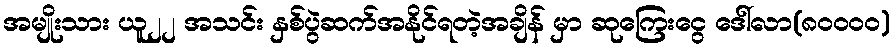
အမျိုးသား ယူ၂၂ အသင်း နှစ်ပွဲဆက်အနိုင်ရတဲ့အချိန် မှာ ဆုကြေးငွေ ဒေါ်လာ(၈၀၀၀၀)